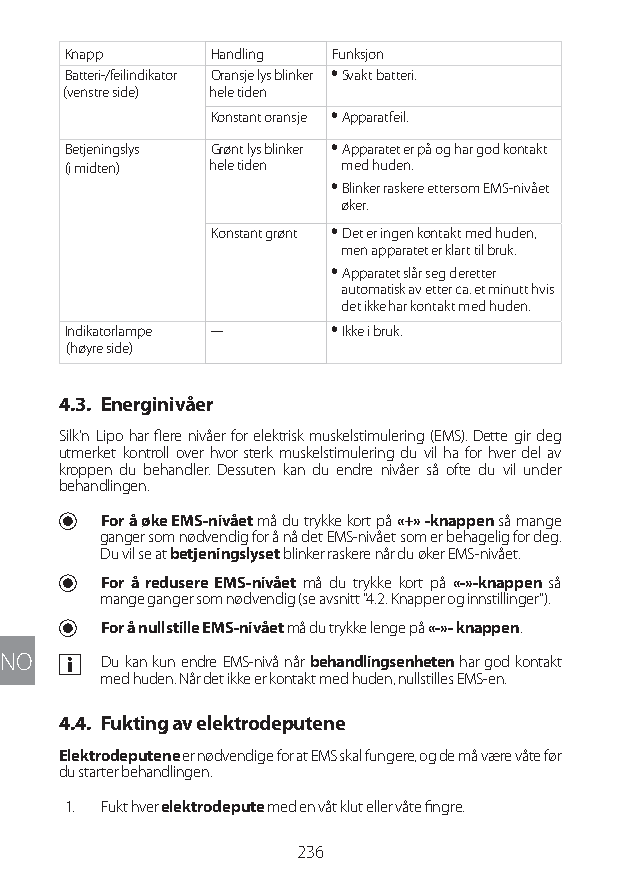
Knapp     Handling Funksjon
 Batteri-/feilindikator Oransje lys blinker y Svakt batteri.
 (venstre side) hele tiden
 Konstant oransje y Apparatfeil.
 Betjeningslys Grønt lys blinker y Apparatet er på og har god kontakt
 (i midten) hele tiden med huden.
 y Blinker raskere ettersom EMS-nivået
 øker.
 Konstant grønt y Det er ingen kontakt med huden,
 men apparatet er klart til bruk.
 y Apparatet slår seg deretter
 automatisk av etter ca. et minutt hvis
 det ikke har kontakt med huden.
 Indikatorlampe --- y Ikke i bruk.
 (høyre side)
 4.3. Energinivåer
 Silk'n Lipo har flere nivåer for elektrisk muskelstimulering (EMS). Dette gir deg
 utmerket kontroll over hvor sterk muskelstimulering du vil ha for hver del av
 kroppen du behandler. Dessuten kan du endre nivåer så ofte du vil under
 behandlingen.
 U For å øke EMS-nivået må du trykke kort på «+» -knappen så mange
 ganger som nødvendig for å nå det EMS-nivået som er behagelig for deg.
 Du vil se at betjeningslyset blinker raskere når du øker EMS-nivået.
 U For å redusere EMS-nivået må du trykke kort på «-»-knappen så
 mange ganger som nødvendig (se avsnitt "4.2. Knapper og innstillinger").
 U For å nullstille EMS-nivået må du trykke lenge på «-»- knappen.
 NO  a Du kan kun endre EMS-nivå når behandlingsenheten har god kontakt
 med huden. Når det ikke er kontakt med huden, nullstilles EMS-en.
 4.4. Fukting av elektrodeputene
 Elektrodeputene er nødvendige for at EMS skal fungere, og de må være våte før
 du starter behandlingen.
 1. Fukt hver elektrodepute med en våt klut eller våte fingre.
 236
 Lipo UM EU124 3545B inside ALL EU124 ED296-24 release.indd 236 14/08/2018 10:57:47